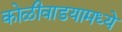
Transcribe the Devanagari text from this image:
कोळीवाडयामध्ये